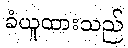
ခံယူထားသည်